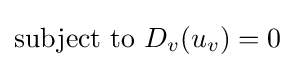
{\text{subject to}}\ D_{v}(u_{v})=0